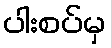
ပါးစပ်မှ